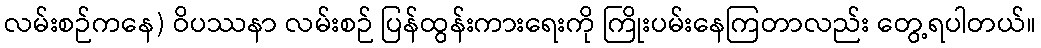
လမ်းစဉ်ကနေ) ဝိပဿနာ လမ်းစဉ် ပြန်ထွန်းကားရေးကို ကြိုးပမ်းနေကြတာလည်း တွေ့ရပါတယ်။